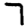
Digit: 7